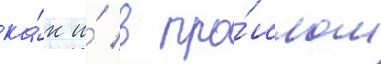
ка́к и́ в про́шлом